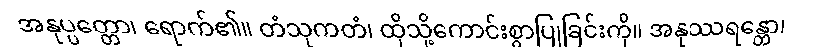
အနုပ္ပတ္တော၊ ရောက်၏။ တံသုကတံ၊ ထိုသို့ကောင်းစွာပြုခြင်းကို။ အနုဿရန္တော၊